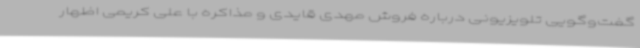
گفت‌وگویی تلویزیونی درباره فروش مهدی قایدی و مذاکره با علی کریمی اظهار